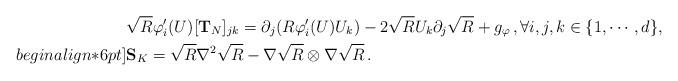
LaTeX: \begin{align*} & \sqrt{R}\varphi'_i(U)[\mathbf T_{N}]_{jk} = \partial_j(R\varphi'_i(U) U_k) - 2 \sqrt{R}U_k \partial_j \sqrt{R}+g_\varphi\,, \forall i,j,k\in \{1,\cdots,d\},\\begin{align*}6pt] & \mathbf S_K =\sqrt{R}\nabla^2 \sqrt{R} - \nabla \sqrt{R} \otimes \nabla \sqrt{R} \,. \end{align*}